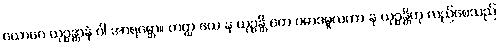
ယောဂေ ယုဉ္ဇန္တာနံ ဝါ အာရမ္ဘော။ တတ္ထ ယေ န ယုဉ္ဇန္တိ တေ ပမာဒမူလကာ န ယုဉ္ဇန္တိဟု လည်စေသည်